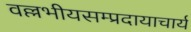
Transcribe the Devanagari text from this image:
वल्लभीयसम्प्रदायाचार्य